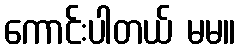
ကောင်းပါတယ် မမ။